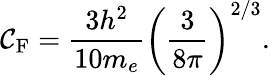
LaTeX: \mathcal{C}_{\mathrm{{F}}}={\frac{{3h^{2}}}{{10m_{e}}}}\left({\frac{{3}}{{8\pi}}}\right)^{2/3}.